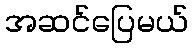
အဆင်ပြေမယ်